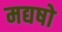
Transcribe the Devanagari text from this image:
मद्यषो